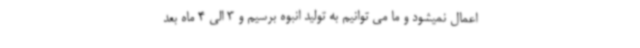
اعمال نمیشود و ما می توانیم به تولید انبوه برسیم و 3 الی 4 ماه بعد